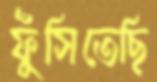
ফুঁসিতেছি